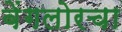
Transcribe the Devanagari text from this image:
बेंगलोरचा